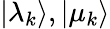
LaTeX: |\lambda_{k}\rangle,|\mu_{k}\rangle